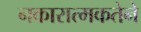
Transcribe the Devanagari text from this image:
नकारात्मकतेने